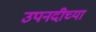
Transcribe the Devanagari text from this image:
उपनदीच्या